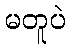
မတူပဲ